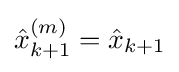
{\hat {x}}_{k+1}^{(m)}={\hat {x}}_{k+1}